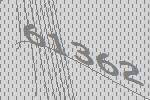
61362